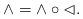
LaTeX: \begin{align*} {\wedge}={\wedge}\circ{\vartriangleleft}. \end{align*}